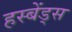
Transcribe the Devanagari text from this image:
हस्बेंड्स